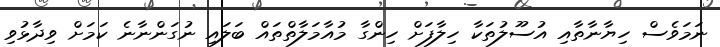
ނަމަވެސް ހިޔާނާތާއި އުސޫލުތަކާ ހިލާފަށް ހިންގާ މުއާމަލާތްތައް ބަލައި ނުގަންނާނެ ކަމަށް ވިދާޅުވި